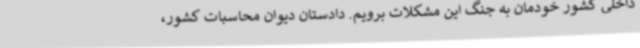
داخلی کشور خودمان به جنگ این مشکلات برویم. دادستان دیوان محاسبات کشور،